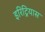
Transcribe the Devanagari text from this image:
इरिट्रियास